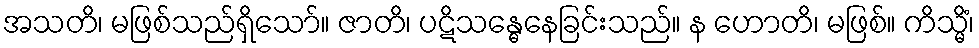
အသတိ၊ မဖြစ်သည်ရှိသော်။ ဇာတိ၊ ပဋိသန္ဓေနေခြင်းသည်။ န ဟောတိ၊ မဖြစ်။ ကိသ္မိံ၊